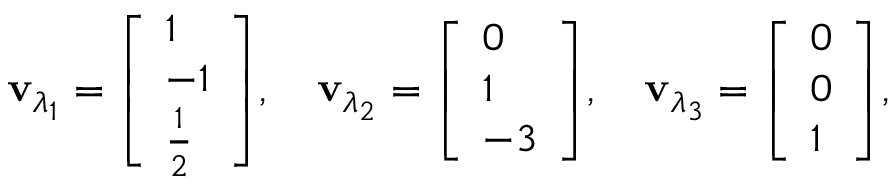
\mathbf { v } _ { \lambda _ { 1 } } = { \left[ \begin{array} { l } { 1 } \\ { - 1 } \\ { { \frac { 1 } { 2 } } } \end{array} \right] } , \quad \mathbf { v } _ { \lambda _ { 2 } } = { \left[ \begin{array} { l } { 0 } \\ { 1 } \\ { - 3 } \end{array} \right] } , \quad \mathbf { v } _ { \lambda _ { 3 } } = { \left[ \begin{array} { l } { 0 } \\ { 0 } \\ { 1 } \end{array} \right] } ,